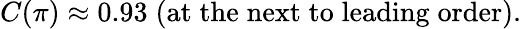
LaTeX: C(\pi)\approx 0.93\; (\mathrm{at\; the\; next\; to\; leading\; order}).